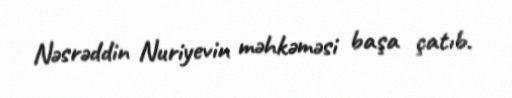
Nəsrəddin Nuriyevin məhkəməsi başa çatıb.